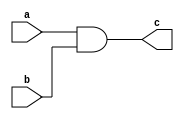
module include_test (a,b,c);


	input a;
	input b;
	output c;

	`ifndef include_test_def
		assign c = a & b;
	`else
		assign c = a | b;
	`endif

endmodule